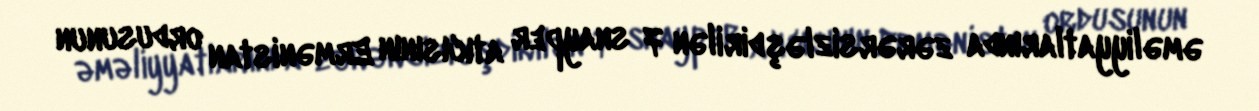
əməliyyatlarında zərərsizləşdirilən 7 snayper atıcısının Ermənistan ordusunun